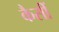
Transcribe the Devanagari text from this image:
कैसीं